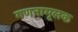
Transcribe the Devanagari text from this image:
गणनामूलक